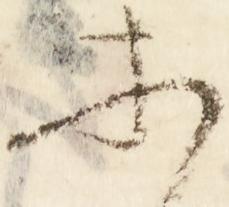
等